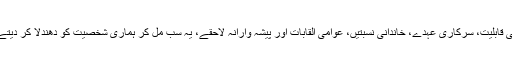
تعلیمی قابلیت، سرکاری عہدے، خاندانی نسبتیں، عوامی القابات اور پیشہ وارانہ لاحقے، یہ سب مل کر ہماری شخصیت کو دھندلا کر دیتے ہیں۔